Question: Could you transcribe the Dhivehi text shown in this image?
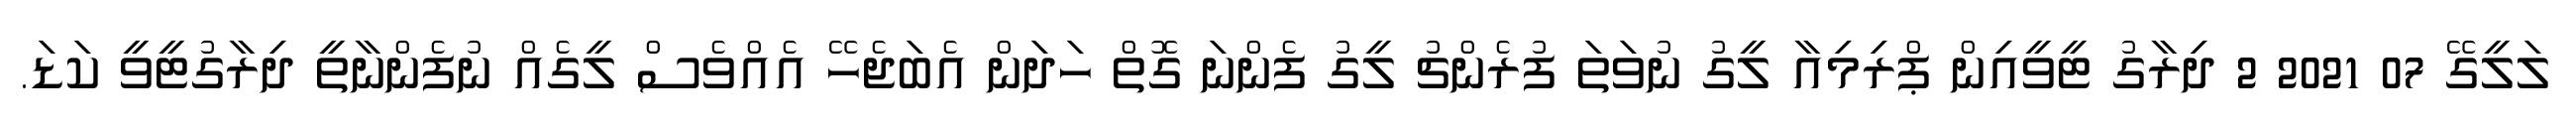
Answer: ލަލީގޭ 07 2021 2 ދިރާގު ޓީވީއިން ޕްރިމިއާ ލީގު ނުވަތަ ފުރެންޗު ލީގު ފެންނަ ގޮތް ހަދަން އެބަޖެހޭ އެއްވެސް ލީގެއް ނުފެންނާތީ ދިރާގުޓީވީ ކަޑަ.